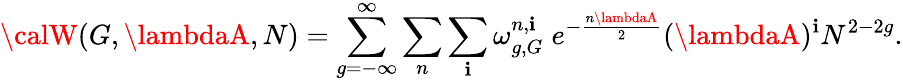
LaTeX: {\calW}(G,\lambdaA,N)=\sum_{g=-\infty}^{\infty}\sum_{n}\sum_{\mathbf{i}}\omega_{g,G}^{n,\mathbf{i}}\; e^{-{\frac{{n\lambdaA}}{{2}}}}(\lambdaA)^{\mathbf{i}}N^{2-2g}.